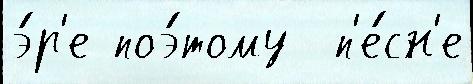
э́р'е поэ́тому  п'е́сн'е